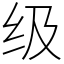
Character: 级